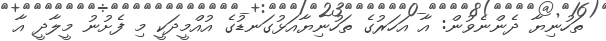
ތަހުނިޔާ ދެންނެވުން: އާ އަހަރުގެ ތަހުނިޔާއަޅުގަނޑުގެ އުއްމީދަކީ މި ފެށުނު މީލާދީ އާ